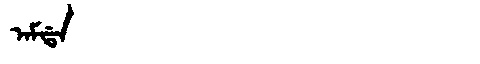
Manchu: ᠠᠮᡩᠠ
Romanization: AMDA